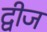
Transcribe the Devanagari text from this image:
द्वीज